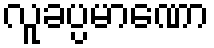
လူခပ္ပမာဏော